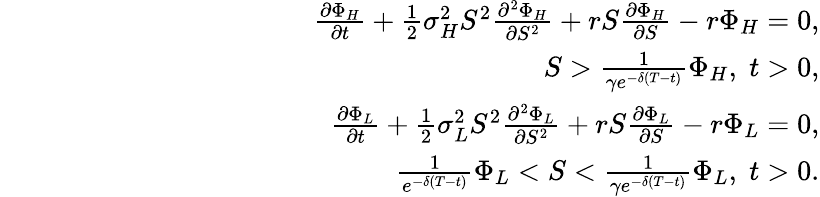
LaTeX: \begin{array}{rlr}&{}&{\frac{\partial\Phi_{H}}{\partial t}+\frac 12{\sigma}_{H}^{2}S^{2}\frac{\partial^{2}\Phi_{H}}{\partial S^{2}}+rS\frac{\partial\Phi_{H}}{\partial S}-r\Phi_{H}=0,}\\ &{}&{\qquad\qquad\qquad\qquad\qquad\qquad S>\frac 1{\gamma e^{-\delta(T-t)}}\Phi_{H},\; t>0,}\\ &{}&{\frac{\partial\Phi_{L}}{\partial t}+\frac 12{\sigma}_{L}^{2}S^{2}\frac{\partial^{2}\Phi_{L}}{\partial S^{2}}+rS\frac{\partial\Phi_{L}}{\partial S}-r\Phi_{L}=0,}\\ &{}&{\qquad\qquad\qquad\qquad\qquad\qquad\frac 1{e^{-\delta(T-t)}}\Phi_{L}<S<\frac 1{\gamma e^{-\delta(T-t)}}\Phi_{L},\; t>0.}\end{array}